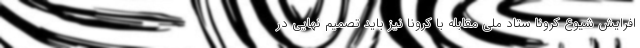
افرایش شیوع کرونا ستاد ملی مقابله با کرونا نیز باید تصمیم نهایی در